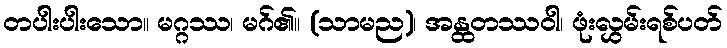
တပါးပါးသော။ မဂ္ဂဿ၊ မဂ်၏။ (သာမည)၊ အန္ထတဿဝါ၊ ဖုံးလွှမ်းရစ်ပတ်